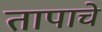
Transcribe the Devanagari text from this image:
तापाचे